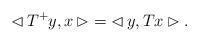
LaTeX: \begin{align*} \lhd\, T^+y,x \,\rhd = \lhd\, y,Tx \rhd.\end{align*}